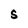
Character: S